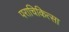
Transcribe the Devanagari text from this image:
पराचिकित्सा